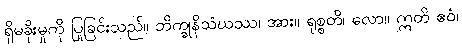
ရှိမခိုးမှုကို ပြုခြင်းသည်။ ဘိက္ခုနိသံဃဿ၊ အား။ ရုစ္စတိ၊ လော။ ဣတိ ဧဝံ၊